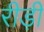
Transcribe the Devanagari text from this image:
रीड़ी